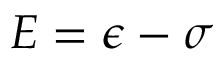
E = \epsilon - \sigma